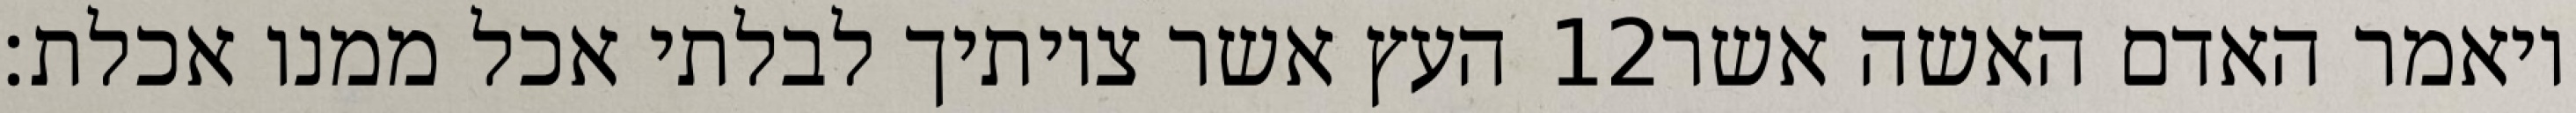
העץ אשר צויתיך לבלתי אכל ממנו אכלת׃ ‎12‏ ויאמר האדם האשה אשר